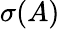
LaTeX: \sigma(A)